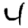
Digit: 4